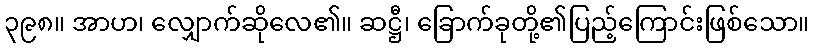
၃၉၈။ အာဟ၊ လျှောက်ဆိုလေ၏။ ဆဋ္ဌီ၊ ခြောက်ခုတို့၏ပြည့်ကြောင်းဖြစ်သော။